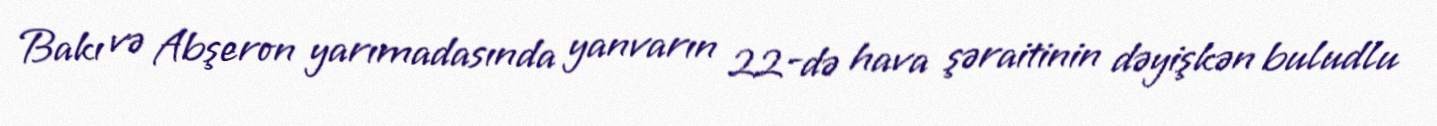
Bakı və Abşeron yarımadasında yanvarın 22-də hava şəraitinin dəyişkən buludlu